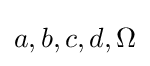
a,b,c,d,\Omega